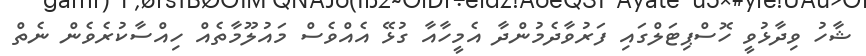
ޝާހު ވިދާޅުވީ ހޮސްޕިޓަލްގައި ފަރުވާދެމުންދާ އެމީހާއާ ގުޅޭ އެއްވެސް މައުލޫމާތެއް ހިއްސާކުރެވެން ނެތް